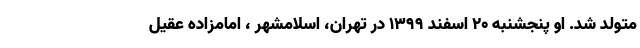
متولد شد. او پنجشنبه ۲۰ اسفند ۱۳۹۹ در تهران، اسلامشهر ، امامزاده عقیل